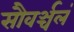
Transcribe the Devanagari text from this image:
सौवर्ञ्चलं